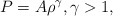
\begin{align*}P=A\rho^{\gamma}, \gamma> 1,\end{align*}